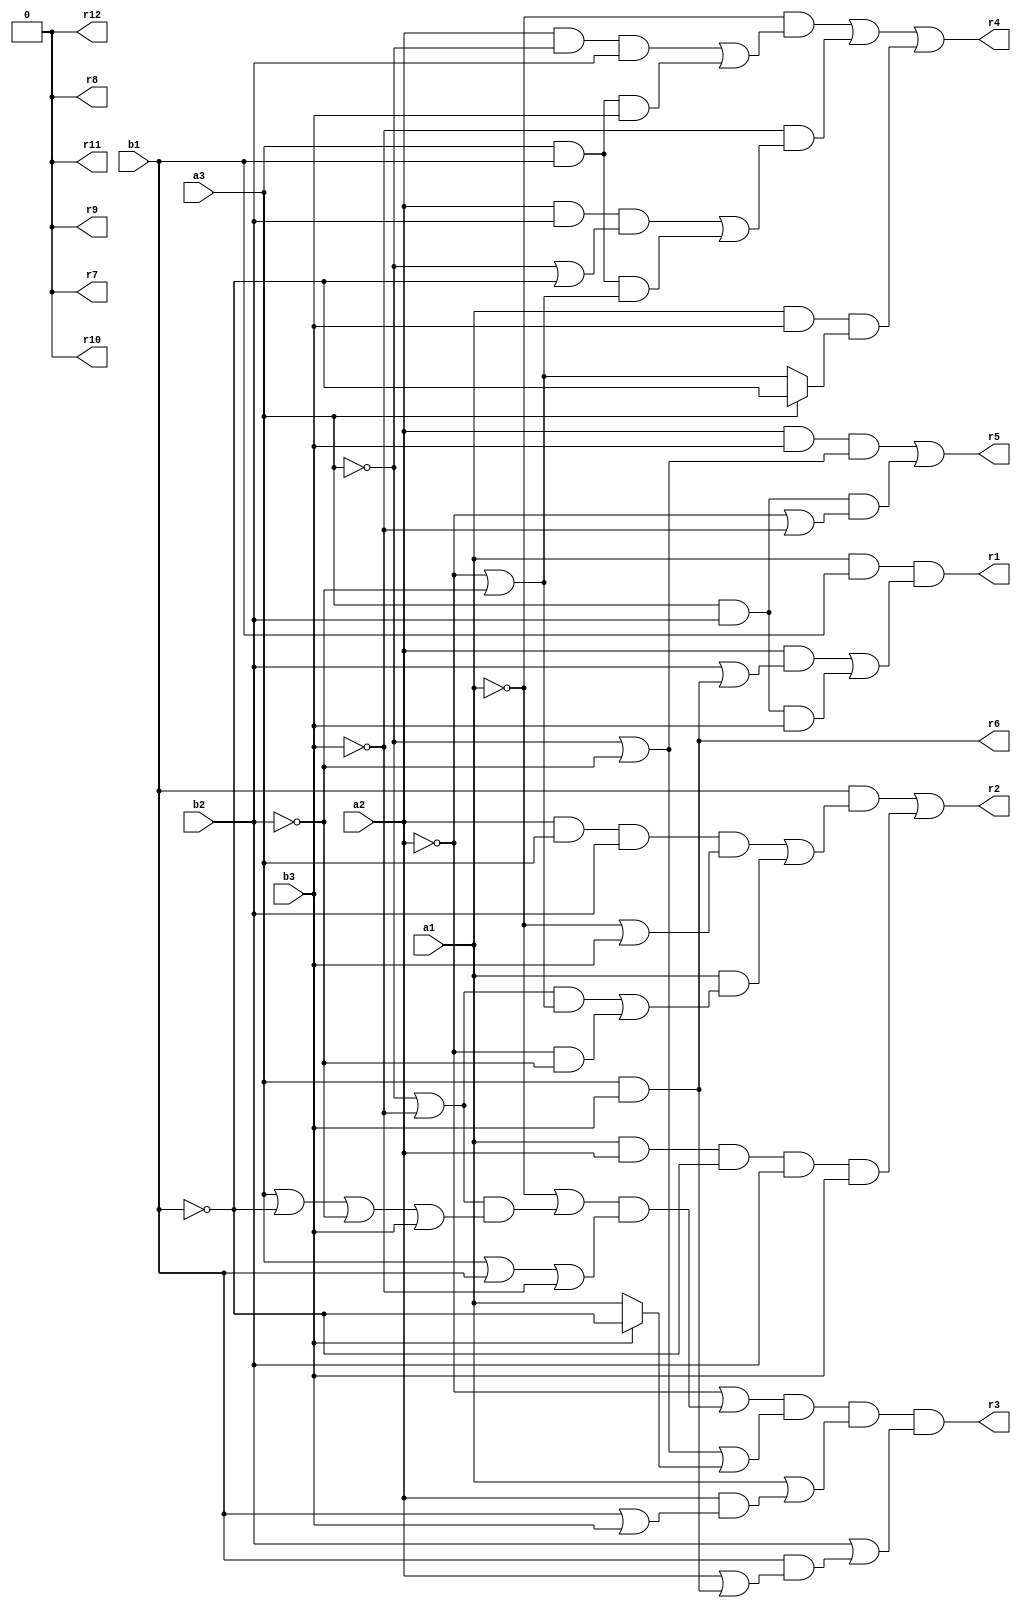
// Benchmark "mult_3x3_64_out" written by ABC on Sat May 21 15:59:59 2022

module mult_3x3_64 ( 
    a1, a2, a3, b1, b2, b3,
    r1, r2, r3, r4, r5, r6, r7, r8, r9, r10, r11, r12  );
  input  a1, a2, a3, b1, b2, b3;
  output r1, r2, r3, r4, r5, r6, r7, r8, r9, r10, r11, r12;
  assign r7 = 1'b0;
  assign r1 = a1 & b1 & ((a2 & (b2 | (a3 & b3))) | (a3 & b2 & b3));
  assign r2 = (b1 & ((a2 & a3 & b2 & (~a1 | b3)) | (a1 & (((~a3 | ~b3) & (~a2 | ~b2)) | (~a2 & ~b2))))) | (a1 & a2 & ~b1 & b2 & b3);
  assign r3 = (~a2 | ((~a1 | ((~a3 | ~b3) & (a3 | ~b1 | ~b2 | b3))) & (a3 | b1 | ~b3))) & (~a3 | ~b2 | (b3 ? ~b1 : a1)) & (a1 | (a2 & (b1 | b3))) & (b2 | (b1 & (a2 | (a3 & b3))));
  assign r4 = (~a1 & ((a2 & ~a3 & b2) | (a3 & b1 & b3))) | (~b3 & ((a2 & b2 & (~a3 | ~b1)) | (a3 & b1 & (~a2 | ~b2)))) | (a1 & b3 & (a3 ? ~b1 : (~a2 | ~b2)));
  assign r5 = (a2 & b3 & (~a3 | ~b2)) | (a3 & b2 & (~a2 | ~b3));
  assign r6 = a3 & b3;
  assign r8 = r7;
  assign r9 = r7;
  assign r10 = r7;
  assign r11 = r7;
  assign r12 = r7;
endmodule